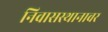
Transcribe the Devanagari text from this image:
निवासस्थानावर